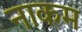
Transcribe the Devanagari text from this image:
नाकम